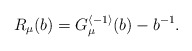
\begin{align*}R_\mu(b)=G^{\langle-1\rangle}_\mu(b)-b^{-1}.\end{align*}